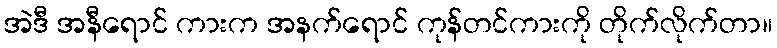
အဲဒီ အနီရောင် ကားက အနက်ရောင် ကုန်တင်ကားကို တိုက်လိုက်တာ။